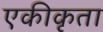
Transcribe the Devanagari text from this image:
एकीकृता